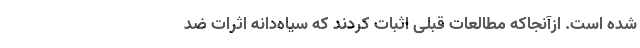
شده است. ازآنجاکه مطالعات قبلی اثبات کردند که سیاه‌دانه اثرات ضد